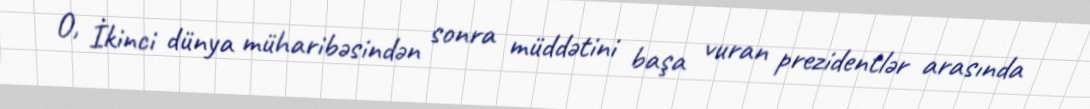
O, İkinci dünya müharibəsindən sonra müddətini başa vuran prezidentlər arasında